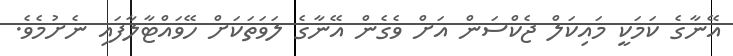
އޭނާގެ ކަމަކީ މައިކަލް ޖެކްސަން އަށް ވެގެން އޭނާގެ ލަވަތަކަށް ހޭވައްޓާލާފައި ނެށުމެވެ.